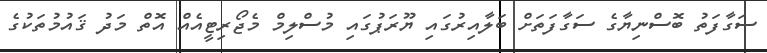
ސަގާފަތު ބޮސްނިޔާގެ ސަގާފަތަށް ބަލާއިރުގައި ޔޫރަޕުގައި މުސްލިމް މެޖޯރިޓީއެއް އޮތް މަދު ޤައުމުތަކުގެ